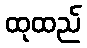
ထုထည်